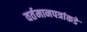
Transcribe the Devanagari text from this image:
वर्तमानपत्रांकडे